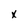
Character: x